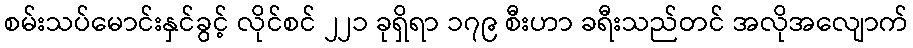
စမ်းသပ်မောင်းနှင်ခွင့် လိုင်စင် ၂၂၁ ခုရှိရာ ၁၇၉ စီးဟာ ခရီးသည်တင် အလိုအလျောက်